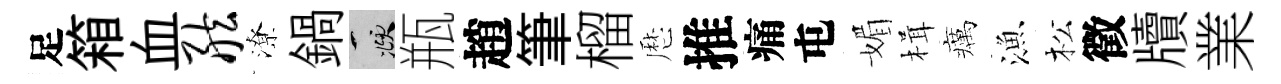
足箱血舷潦鍋頫瓶趙筆榴厯推痛屯媚楫癘漁松徵牘業